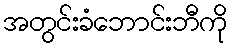
အတွင်းခံဘောင်းဘီကို